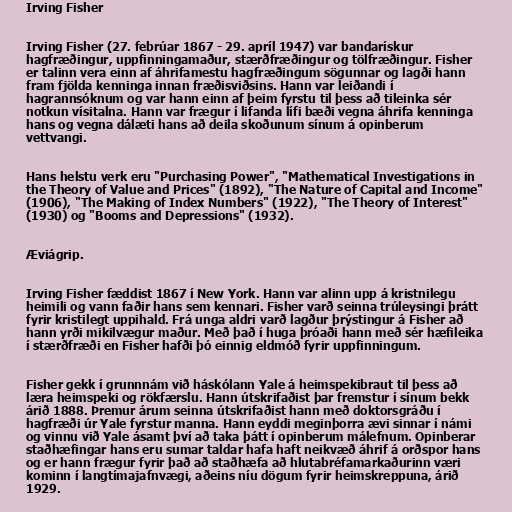
Irving Fisher

Irving Fisher (27. febrúar 1867 - 29. apríl 1947) var bandarískur
hagfræðingur, uppfinningamaður, stærðfræðingur og tölfræðingur. Fisher
er talinn vera einn af áhrifamestu hagfræðingum sögunnar og lagði hann
fram fjölda kenninga innan fræðisviðsins. Hann var leiðandi í
hagrannsóknum og var hann einn af þeim fyrstu til þess að tileinka sér
notkun vísitalna. Hann var frægur í lifanda lífi bæði vegna áhrifa kenninga
hans og vegna dálæti hans að deila skoðunum sínum á opinberum
vettvangi.

Hans helstu verk eru "Purchasing Power", "Mathematical Investigations in
the Theory of Value and Prices" (1892), "The Nature of Capital and Income"
(1906), "The Making of Index Numbers" (1922), "The Theory of Interest"
(1930) og "Booms and Depressions" (1932).

Æviágrip.

Irving Fisher fæddist 1867 í New York. Hann var alinn upp á kristnilegu
heimili og vann faðir hans sem kennari. Fisher varð seinna trúleysingi þrátt
fyrir kristilegt uppihald. Frá unga aldri varð lagður þrýstingur á Fisher að
hann yrði mikilvægur maður. Með það í huga þróaði hann með sér hæfileika
í stærðfræði en Fisher hafði þó einnig eldmóð fyrir uppfinningum.

Fisher gekk í grunnnám við háskólann Yale á heimspekibraut til þess að
læra heimspeki og rökfærslu. Hann útskrifaðist þar fremstur í sínum bekk
árið 1888. Þremur árum seinna útskrifaðist hann með doktorsgráðu í
hagfræði úr Yale fyrstur manna. Hann eyddi meginþorra ævi sinnar í námi
og vinnu við Yale ásamt því að taka þátt í opinberum málefnum. Opinberar
staðhæfingar hans eru sumar taldar hafa haft neikvæð áhrif á orðspor hans
og er hann frægur fyrir það að staðhæfa að hlutabréfamarkaðurinn væri
kominn í langtímajafnvægi, aðeins níu dögum fyrir heimskreppuna, árið
1929.